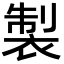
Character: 製